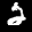
Label: 2